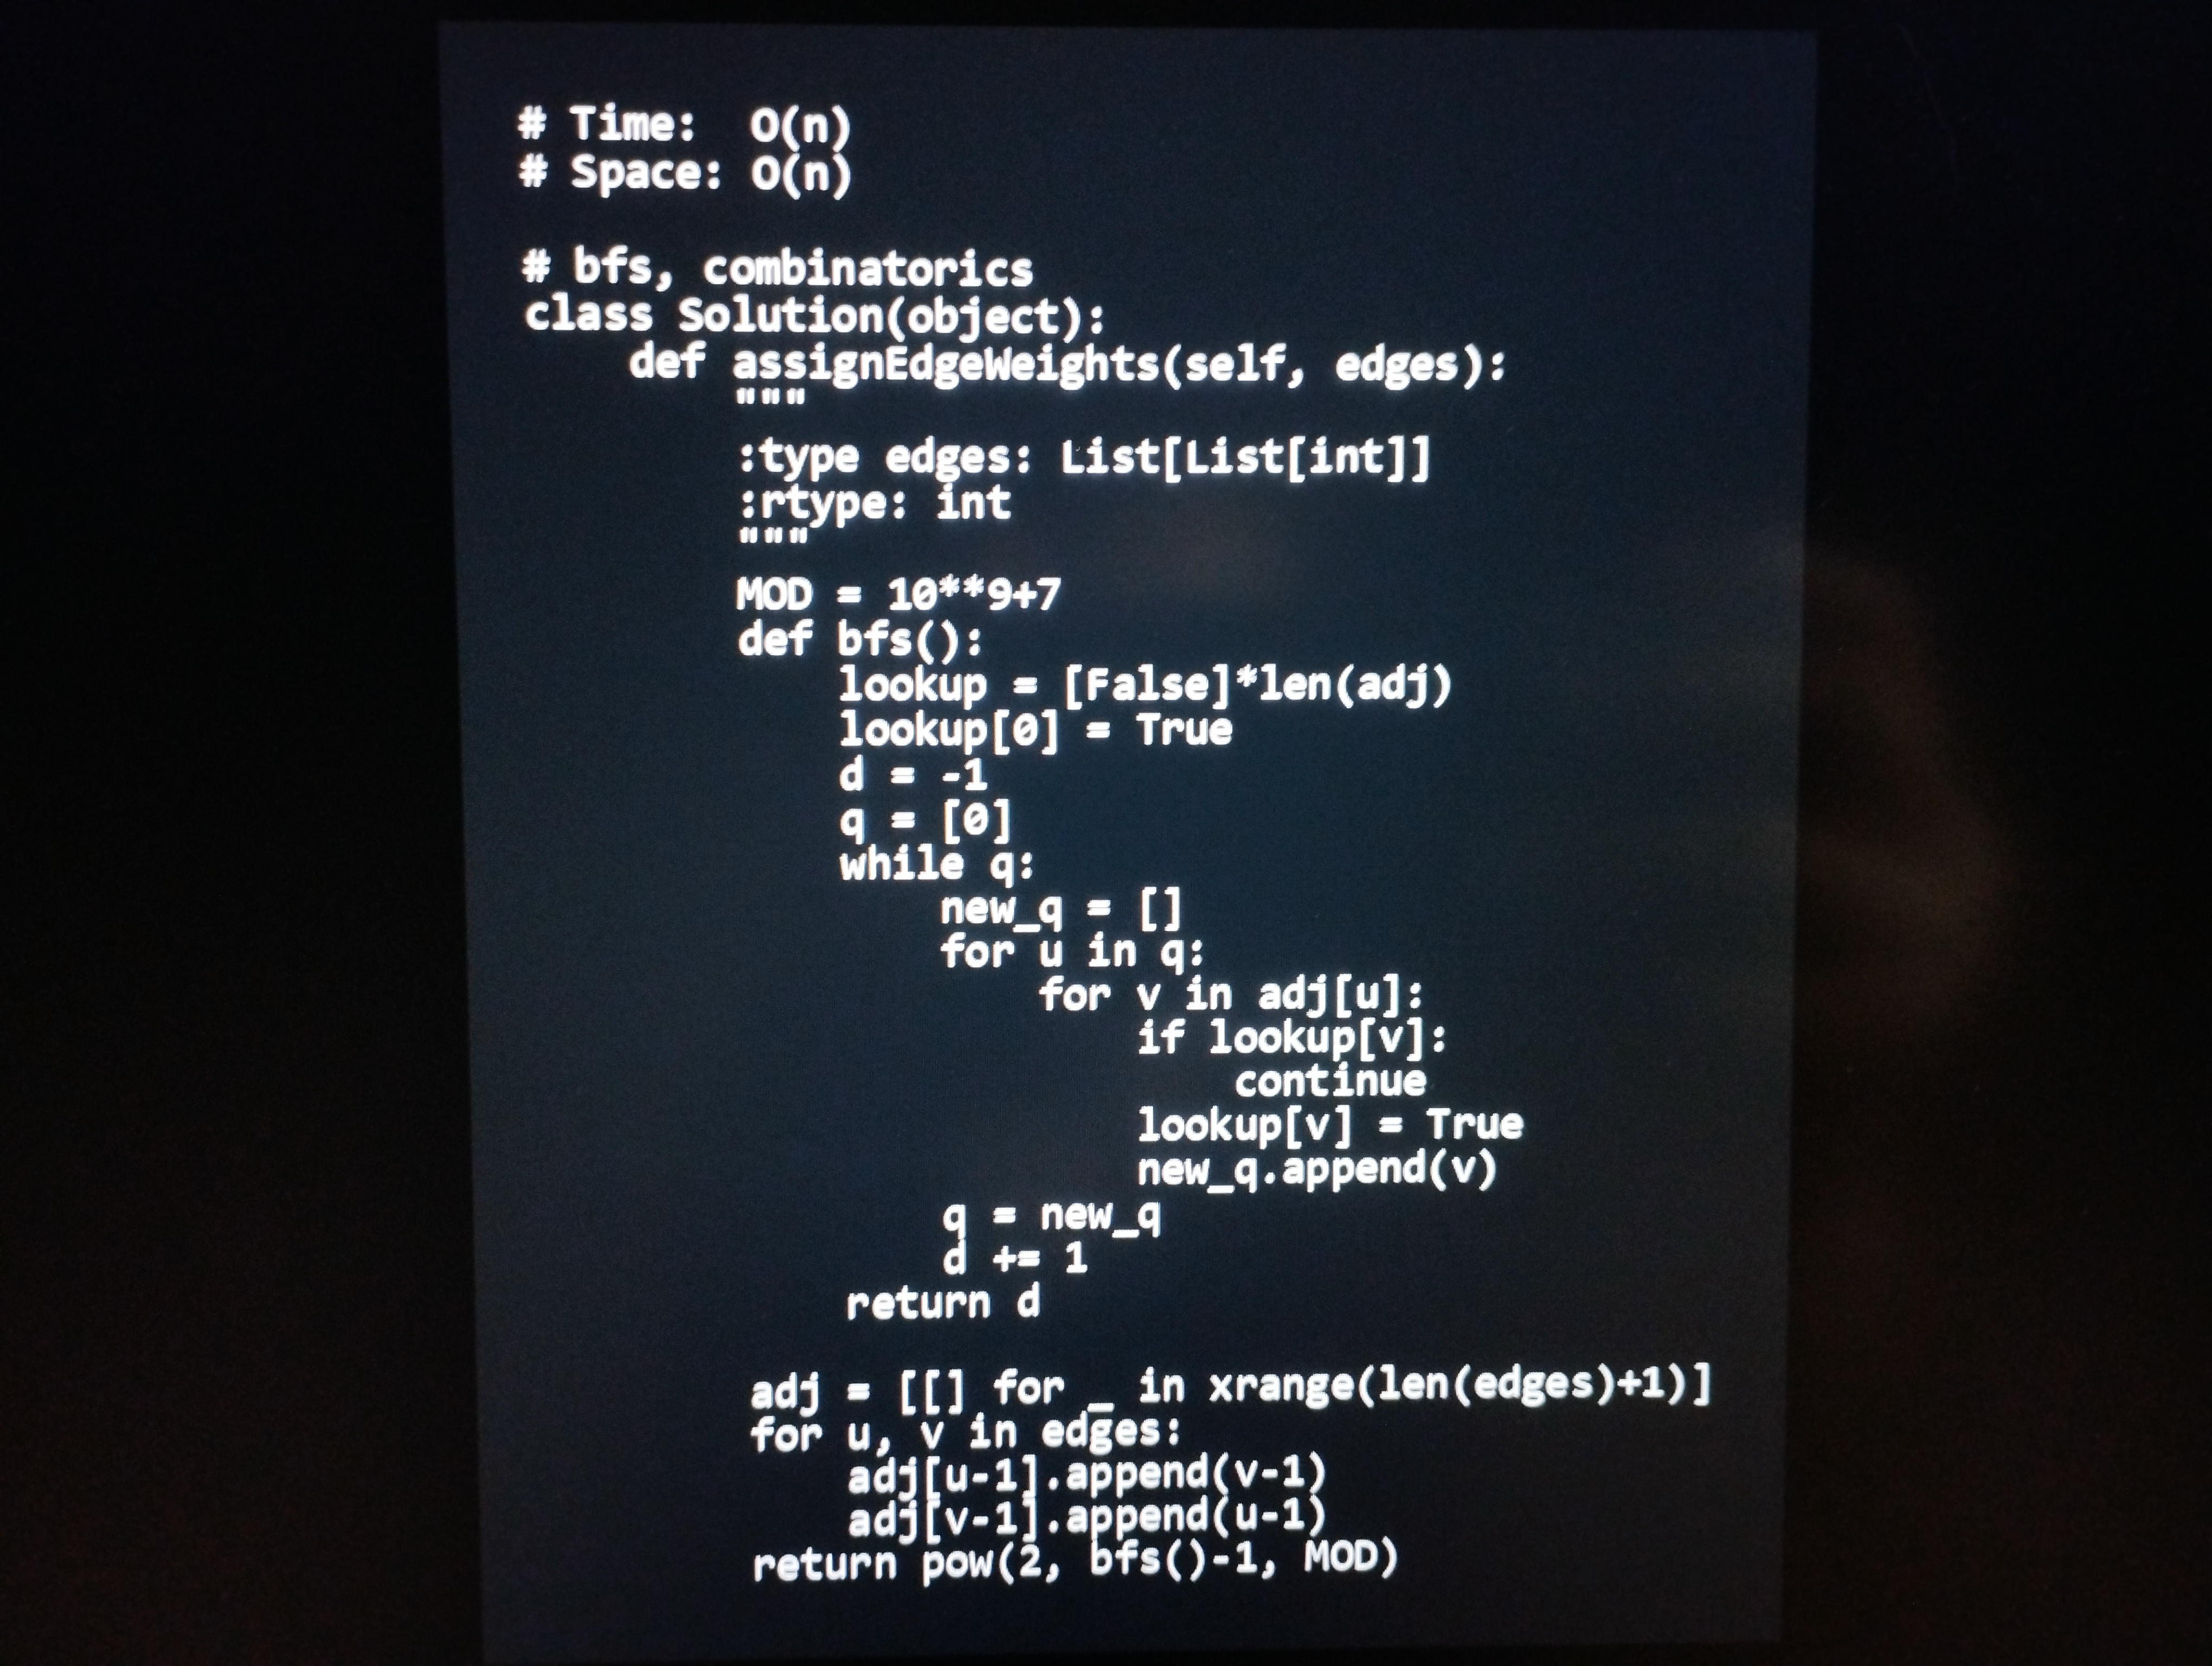
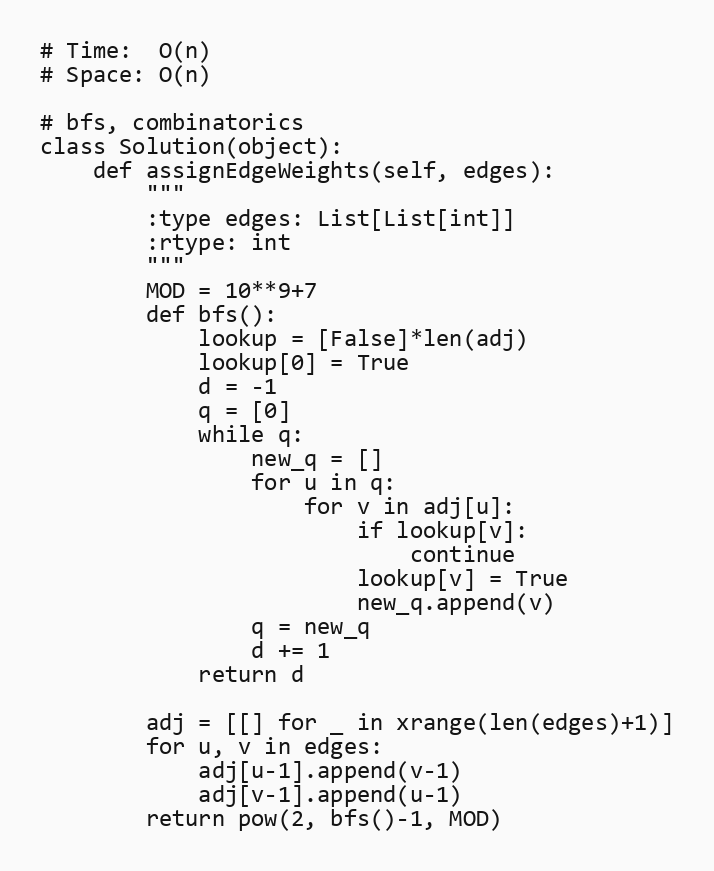
# Time:  O(n)
# Space: O(n)

# bfs, combinatorics
class Solution(object):
    def assignEdgeWeights(self, edges):
        """
        :type edges: List[List[int]]
        :rtype: int
        """
        MOD = 10**9+7
        def bfs():
            lookup = [False]*len(adj)
            lookup[0] = True
            d = -1
            q = [0]
            while q:
                new_q = []
                for u in q:
                    for v in adj[u]:
                        if lookup[v]:
                            continue
                        lookup[v] = True
                        new_q.append(v)
                q = new_q
                d += 1
            return d

        adj = [[] for _ in xrange(len(edges)+1)]
        for u, v in edges:
            adj[u-1].append(v-1)
            adj[v-1].append(u-1)
        return pow(2, bfs()-1, MOD)